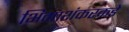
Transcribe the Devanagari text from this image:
भिमाशंकरकडे